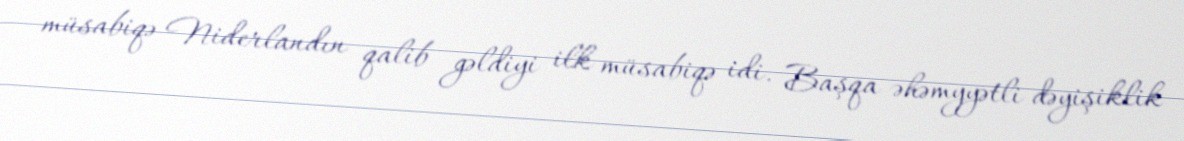
müsabiqə Niderlandın qalib gəldiyi ilk müsabiqə idi. Başqa əhəmyyətli dəyişiklik